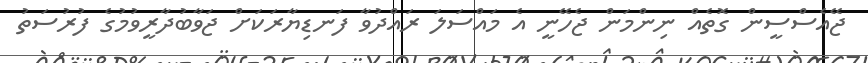
ޖޭއެސްސީން ގޮތެއް ނިންމަން ޖެހޭނީ އެ މައްސަލަ ރައްދުވާ ފަނޑިޔާރަކަށް ޖަވާބުދާރީވުމުގެ ފުރުސަތު